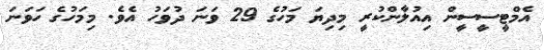
އެމްޓީސީސީން އިއުލާންކުރީ މިދިޔަ މަހުގެ 29 ވަނަ ދުވަހު އެވެ. މިމަހުގެ ހަވަނަ